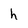
Character: h